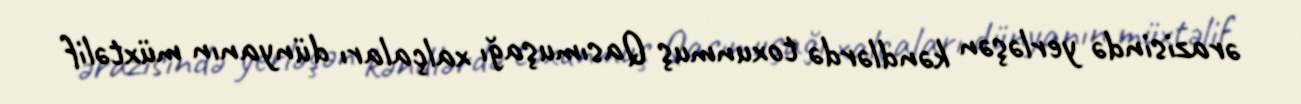
ərazisində yerləşən kəndlərdə toxunmuş Qasımuşağı xalçaları dünyanın müxtəlif